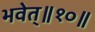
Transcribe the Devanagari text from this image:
भवेत्‌॥१०॥